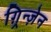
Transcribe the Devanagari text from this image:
ग़्रिन्ज़ेन